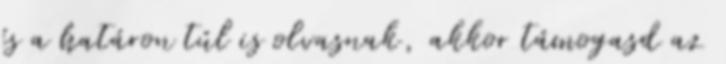
és a határon túl is olvasnak, akkor támogasd az